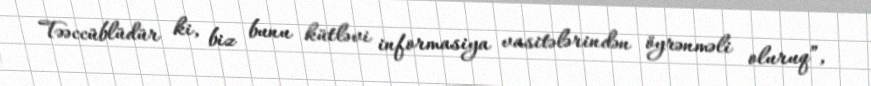
Təəccüblüdür ki, biz bunu kütləvi informasiya vasitələrindən öyrənməli oluruq”,